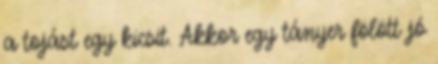
a tojást egy kicsit. Akkor egy tányer fölött jó